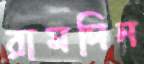
রামদিন